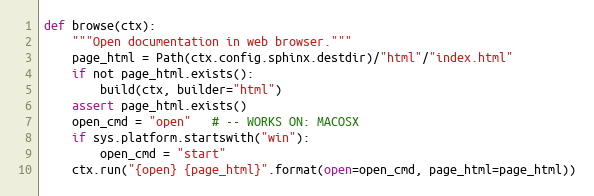
Language: Python
def browse(ctx):
    """Open documentation in web browser."""
    page_html = Path(ctx.config.sphinx.destdir)/"html"/"index.html"
    if not page_html.exists():
        build(ctx, builder="html")
    assert page_html.exists()
    open_cmd = "open"   # -- WORKS ON: MACOSX
    if sys.platform.startswith("win"):
        open_cmd = "start"
    ctx.run("{open} {page_html}".format(open=open_cmd, page_html=page_html))